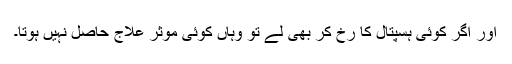
اور اگر کوئی ہسپتال کا رخ کر بھی لے تو وہاں کوئی موثر علاج حاصل نہیں ہوتا۔